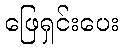
ဖြေရှင်းပေး